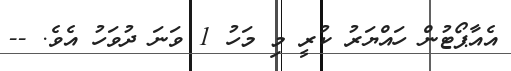
އެއާޕޯޓުން ހައްޔަރު ކުރީ މި މަހު 1 ވަނަ ދުވަހު އެވެ. --